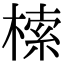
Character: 㮦